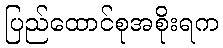
ပြည်ထောင်စုအစိုးရက